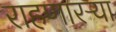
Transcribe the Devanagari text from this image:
राहणारऱ्या